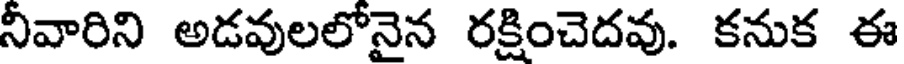
నీవారిని అడవులలోనైన రక్షించెదవు. కనుక ఈ